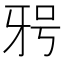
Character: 𭷐